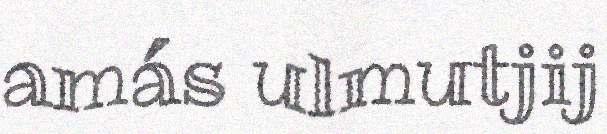
amás ulmutjij